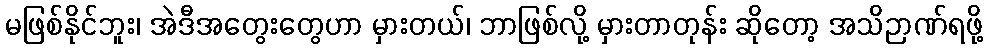
မဖြစ်နိုင်ဘူး၊ အဲဒီအတွေးတွေဟာ မှားတယ်၊ ဘာဖြစ်လို့ မှားတာတုန်း ဆိုတော့ အသိဉာဏ်ရဖို့